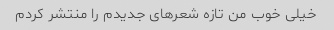
خیلی خوب من تازه شعرهای جدیدم را منتشر کردم